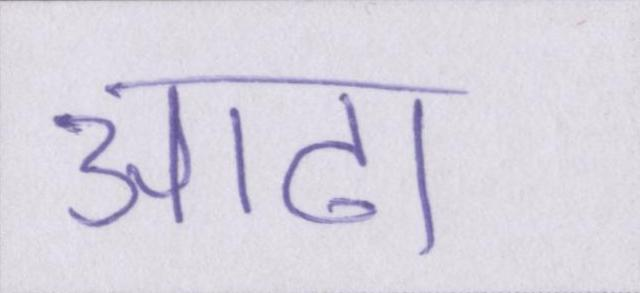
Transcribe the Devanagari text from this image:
आढा